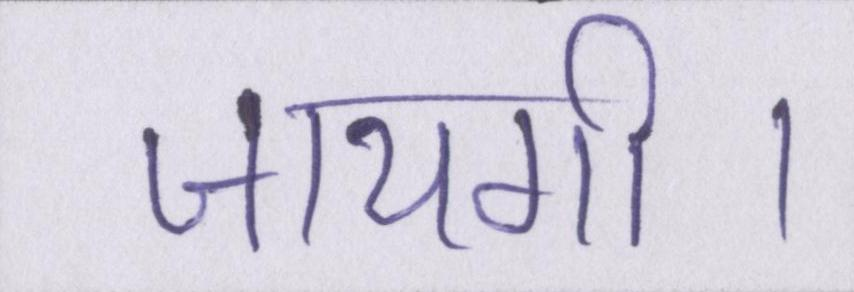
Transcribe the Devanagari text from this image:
जायगी।